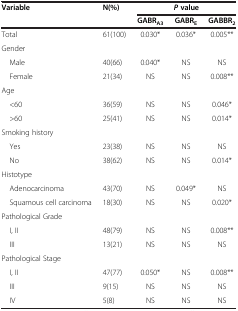
<table><thead><tr><td><b>Variable</b></td><td><b>N(%)</b></td><td colspan="3"><b><i>P </i>value</b></td></tr><tr><td><b> </b></td><td><b> </b></td><td><b>GABR<sub>A3</sub></b></td><td><b>GABR<sub>E</sub></b></td><td><b>GABBR<sub>2</sub></b></td></tr></thead><tbody><tr><td>Total</td><td>61(100)</td><td>0.030*</td><td>0.036*</td><td>0.005**</td></tr><tr><td colspan="5">Gender</td></tr><tr><td> Male</td><td>40(66)</td><td>0.040*</td><td>NS</td><td>NS</td></tr><tr><td> Female</td><td>21(34)</td><td>NS</td><td>NS</td><td>0.008**</td></tr><tr><td colspan="5">Age</td></tr><tr><td> &lt;60</td><td>36(59)</td><td>NS</td><td>NS</td><td>0.046*</td></tr><tr><td> &gt;60</td><td>25(41)</td><td>NS</td><td>NS</td><td>0.014*</td></tr><tr><td colspan="5">Smoking history</td></tr><tr><td> Yes</td><td>23(38)</td><td>NS</td><td>NS</td><td>NS</td></tr><tr><td> No</td><td>38(62)</td><td>NS</td><td>NS</td><td>0.014*</td></tr><tr><td colspan="5">Histotype</td></tr><tr><td> Adenocarcinoma</td><td>43(70)</td><td>NS</td><td>0.049*</td><td>NS</td></tr><tr><td> Squamous cell carcinoma</td><td>18(30)</td><td>NS</td><td>NS</td><td>0.020*</td></tr><tr><td colspan="5">Pathological Grade</td></tr><tr><td> I, II</td><td>48(79)</td><td>NS</td><td>NS</td><td>0.008**</td></tr><tr><td> III</td><td>13(21)</td><td>NS</td><td>NS</td><td>NS</td></tr><tr><td colspan="5">Pathological Stage</td></tr><tr><td> I, II</td><td>47(77)</td><td>0.050*</td><td>NS</td><td>0.008**</td></tr><tr><td> III</td><td>9(15)</td><td>NS</td><td>NS</td><td>NS</td></tr><tr><td> IV</td><td>5(8)</td><td>NS</td><td>NS</td><td>NS</td></tr></tbody></table>